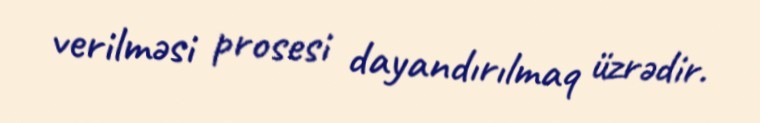
verilməsi prosesi dayandırılmaq üzrədir.